Civil Veterinary Dept. Bombay admin report 1914-1922 - 1914-1922
Year: 1914
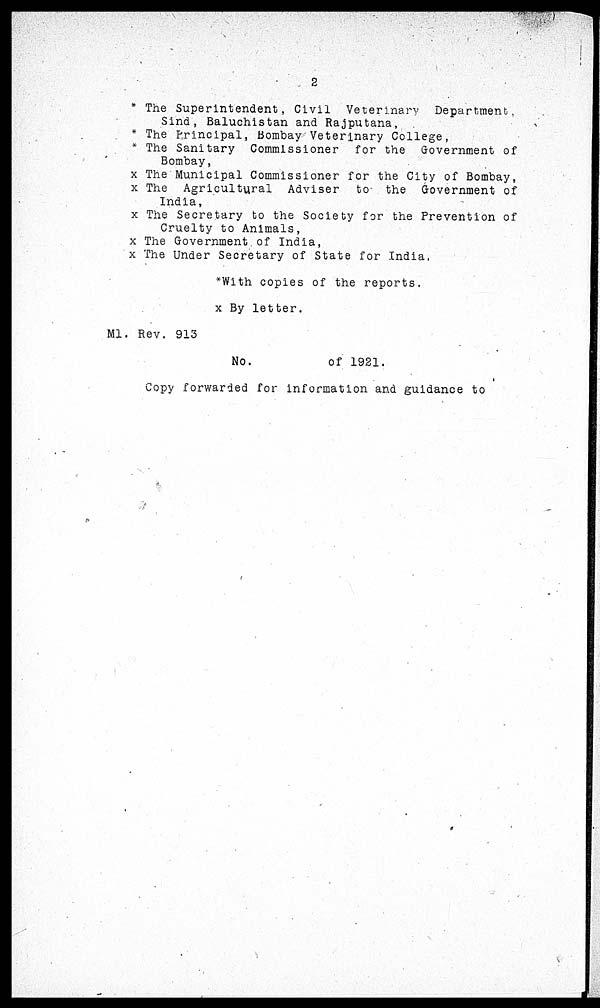
2
* The Superintendent, Civil Veterinary
Department,
Sind, Baluchistan and Rajputana,
* The Principal, Bombay Veterinary College,
* The Sanitary Commissioner for the Government of
Bombay,
x The Municipal Commissioner for the City of Bombay,
x The Agricultural Adviser
to the Government of
India,
x The Secretary to the Society for the Prevention of
Cruelty to Animals,
x The Government of India,
x The Under Secretary of State for India,
*With copies of the reports.
x By letter.
M1. Rev. 913
No.
of 1921.
Copy forwarded for information and guidance to